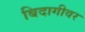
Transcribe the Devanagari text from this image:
बिदागीवर